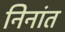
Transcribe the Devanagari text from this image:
निनांत